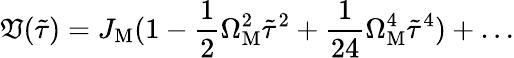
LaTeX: \mathfrak{V}(\tilde{{\tau}})=J_{\mathrm{{M}}}(1-\frac{{1}}{{2}}\Omega_{\mathrm{{M}}}^{2}\tilde{{\tau}}^{2}+\frac{{1}}{{24}}\Omega_{\mathrm{{M}}}^{4}\tilde{{\tau}}^{4})+\dots